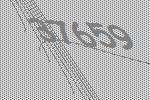
37659